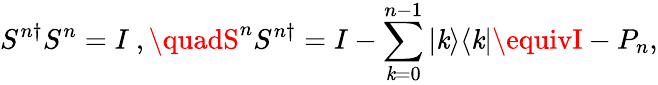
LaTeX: S^{n\dagger}S^{n}=I\ ,\quadS^{n}S^{n\dagger}=I-\sum_{\mathit{k}=0}^{n-1}|\mathit{k}\rangle\langle\mathit{k}|\equivI-P_{n},